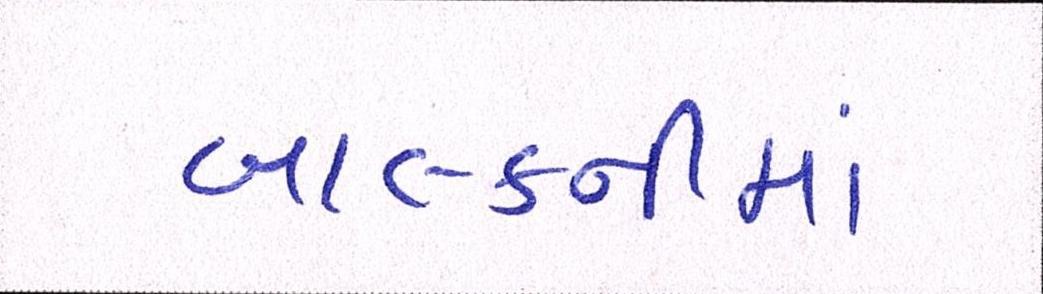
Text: બાલ્કનીમાં